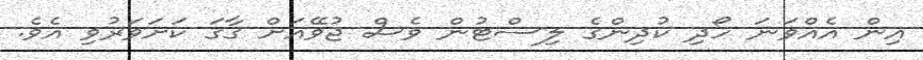
އިން އެއްވަނަ ހޯދި ކުދިންގެ ލިސްޓުން ވެސް ޖުވޭއަށް ގާގަ ކަށަވަރުވި އެވެ.